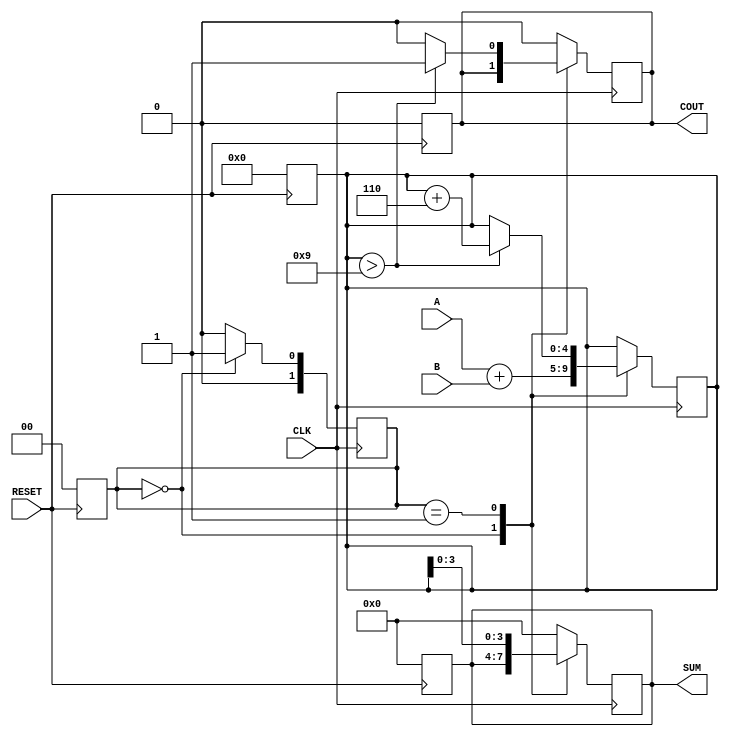
module BCD_Sequential_Adder (
    input  wire [3:0] A,        // First BCD digit
    input  wire [3:0] B,        // Second BCD digit
    input  wire CLK,            // Clock signal
    input  wire RESET,          // Asynchronous reset
    output reg  [3:0] SUM,      // BCD sum output
    output reg  COUT            // Carry-out signal
);

    // Internal states
    reg [4:0] TEMP_SUM;          // 5-bit register for intermediate sum
    reg [1:0] STATE;             // State register
    localparam IDLE = 2'b00,     // Idle state
               ADD = 2'b01,      // Adding state
               ADJUST = 2'b10;   // Adjusting state

    // Asynchronous reset
    always @(posedge RESET) begin
        SUM <= 4'b0000;
        COUT <= 1'b0;
        TEMP_SUM <= 5'b00000;
        STATE <= IDLE;
    end

    // Sequential logic for BCD addition
    always @(posedge CLK) begin
        case (STATE)
            IDLE: begin
                // Transition to ADD state
                TEMP_SUM <= A + B; // Initial addition
                STATE <= ADD;
            end
            
            ADD: begin
                // Check for BCD adjustment
                if (TEMP_SUM > 9) begin
                    TEMP_SUM <= TEMP_SUM + 5'b00110; // Add 6 to adjust
                    COUT <= 1'b1; // Set carry-out
                end else begin
                    COUT <= 1'b0; // No carry-out
                end
                // Assign the valid BCD sum
                SUM <= TEMP_SUM[3:0]; // Assign lower 4 bits to SUM
                STATE <= IDLE; // Go back to IDLE state
            end
            
            default: begin
                // Default case to handle unexpected states
                SUM <= 4'b0000;
                COUT <= 1'b0;
                STATE <= IDLE;
            end
        endcase
    end

endmodule